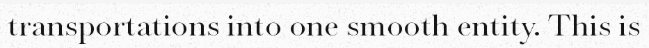
transportations into one smooth entity. This is